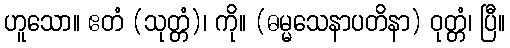
ဟူသော။ ဧတံ (သုတ္တံ)၊ ကို။ (ဓမ္မသေနာပတိနာ) ဝုတ္တံ၊ ပြီ။